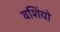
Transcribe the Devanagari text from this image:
वशिंयो